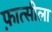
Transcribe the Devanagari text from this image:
फ़ात्सीला